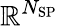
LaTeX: \mathbb{R}^{N_{\mathrm{SP}}}